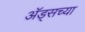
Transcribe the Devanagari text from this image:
अॅड्सच्या